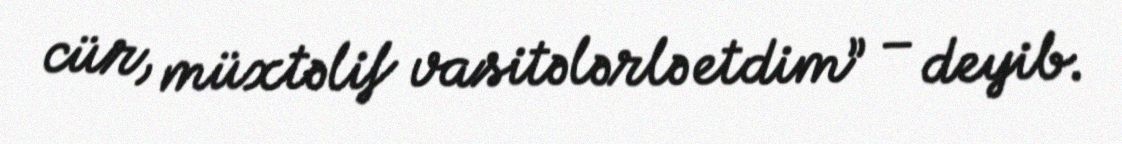
cür, müxtəlif vasitələrlə etdim” – deyib.